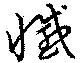
憾